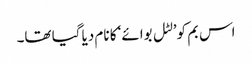
اس بم کو’لٹل بوائے‘ کا نام دیا گیا تھا۔